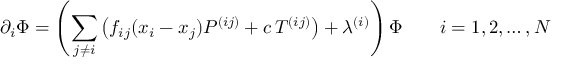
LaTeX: \partial _ { i } \Phi = \left( \sum _ { j \ne i } \left( f _ { i j } ( x _ { i } - x _ { j } ) P ^ { ( i j ) } + c \, T ^ { ( i j ) } \right) + \lambda ^ { ( i ) } \right) \Phi \qquad i = 1 , 2 , \ldots , N